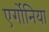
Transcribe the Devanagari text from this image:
एर्गोनिया